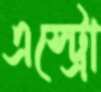
এস্ট্রো